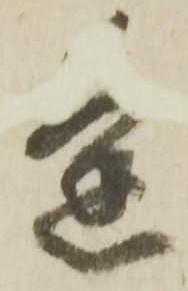
逢